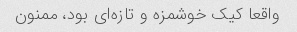
واقعا کیک خوشمزه و تازه‌ای بود، ممنون